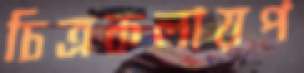
চিত্রকলায়প